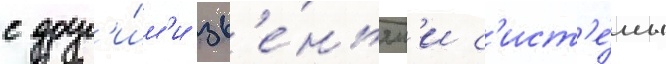
с друг'и́м'и зв'е́ньям'и с'ист'е́мы